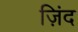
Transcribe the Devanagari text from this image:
ज़िंद